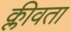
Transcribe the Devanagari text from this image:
क्लीवता